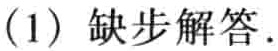
(1) 缺步解答.